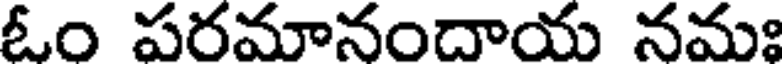
ఓం పరమానందాయ నమః